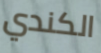
الكندي